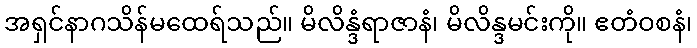
အရှင်နာဂသိန်မထေရ်သည်။ မိလိန္ဒံရာဇာနံ၊ မိလိန္ဒမင်းကို။ ဧတံဝစနံ၊